Juuru_vallavalitsus, lk 28
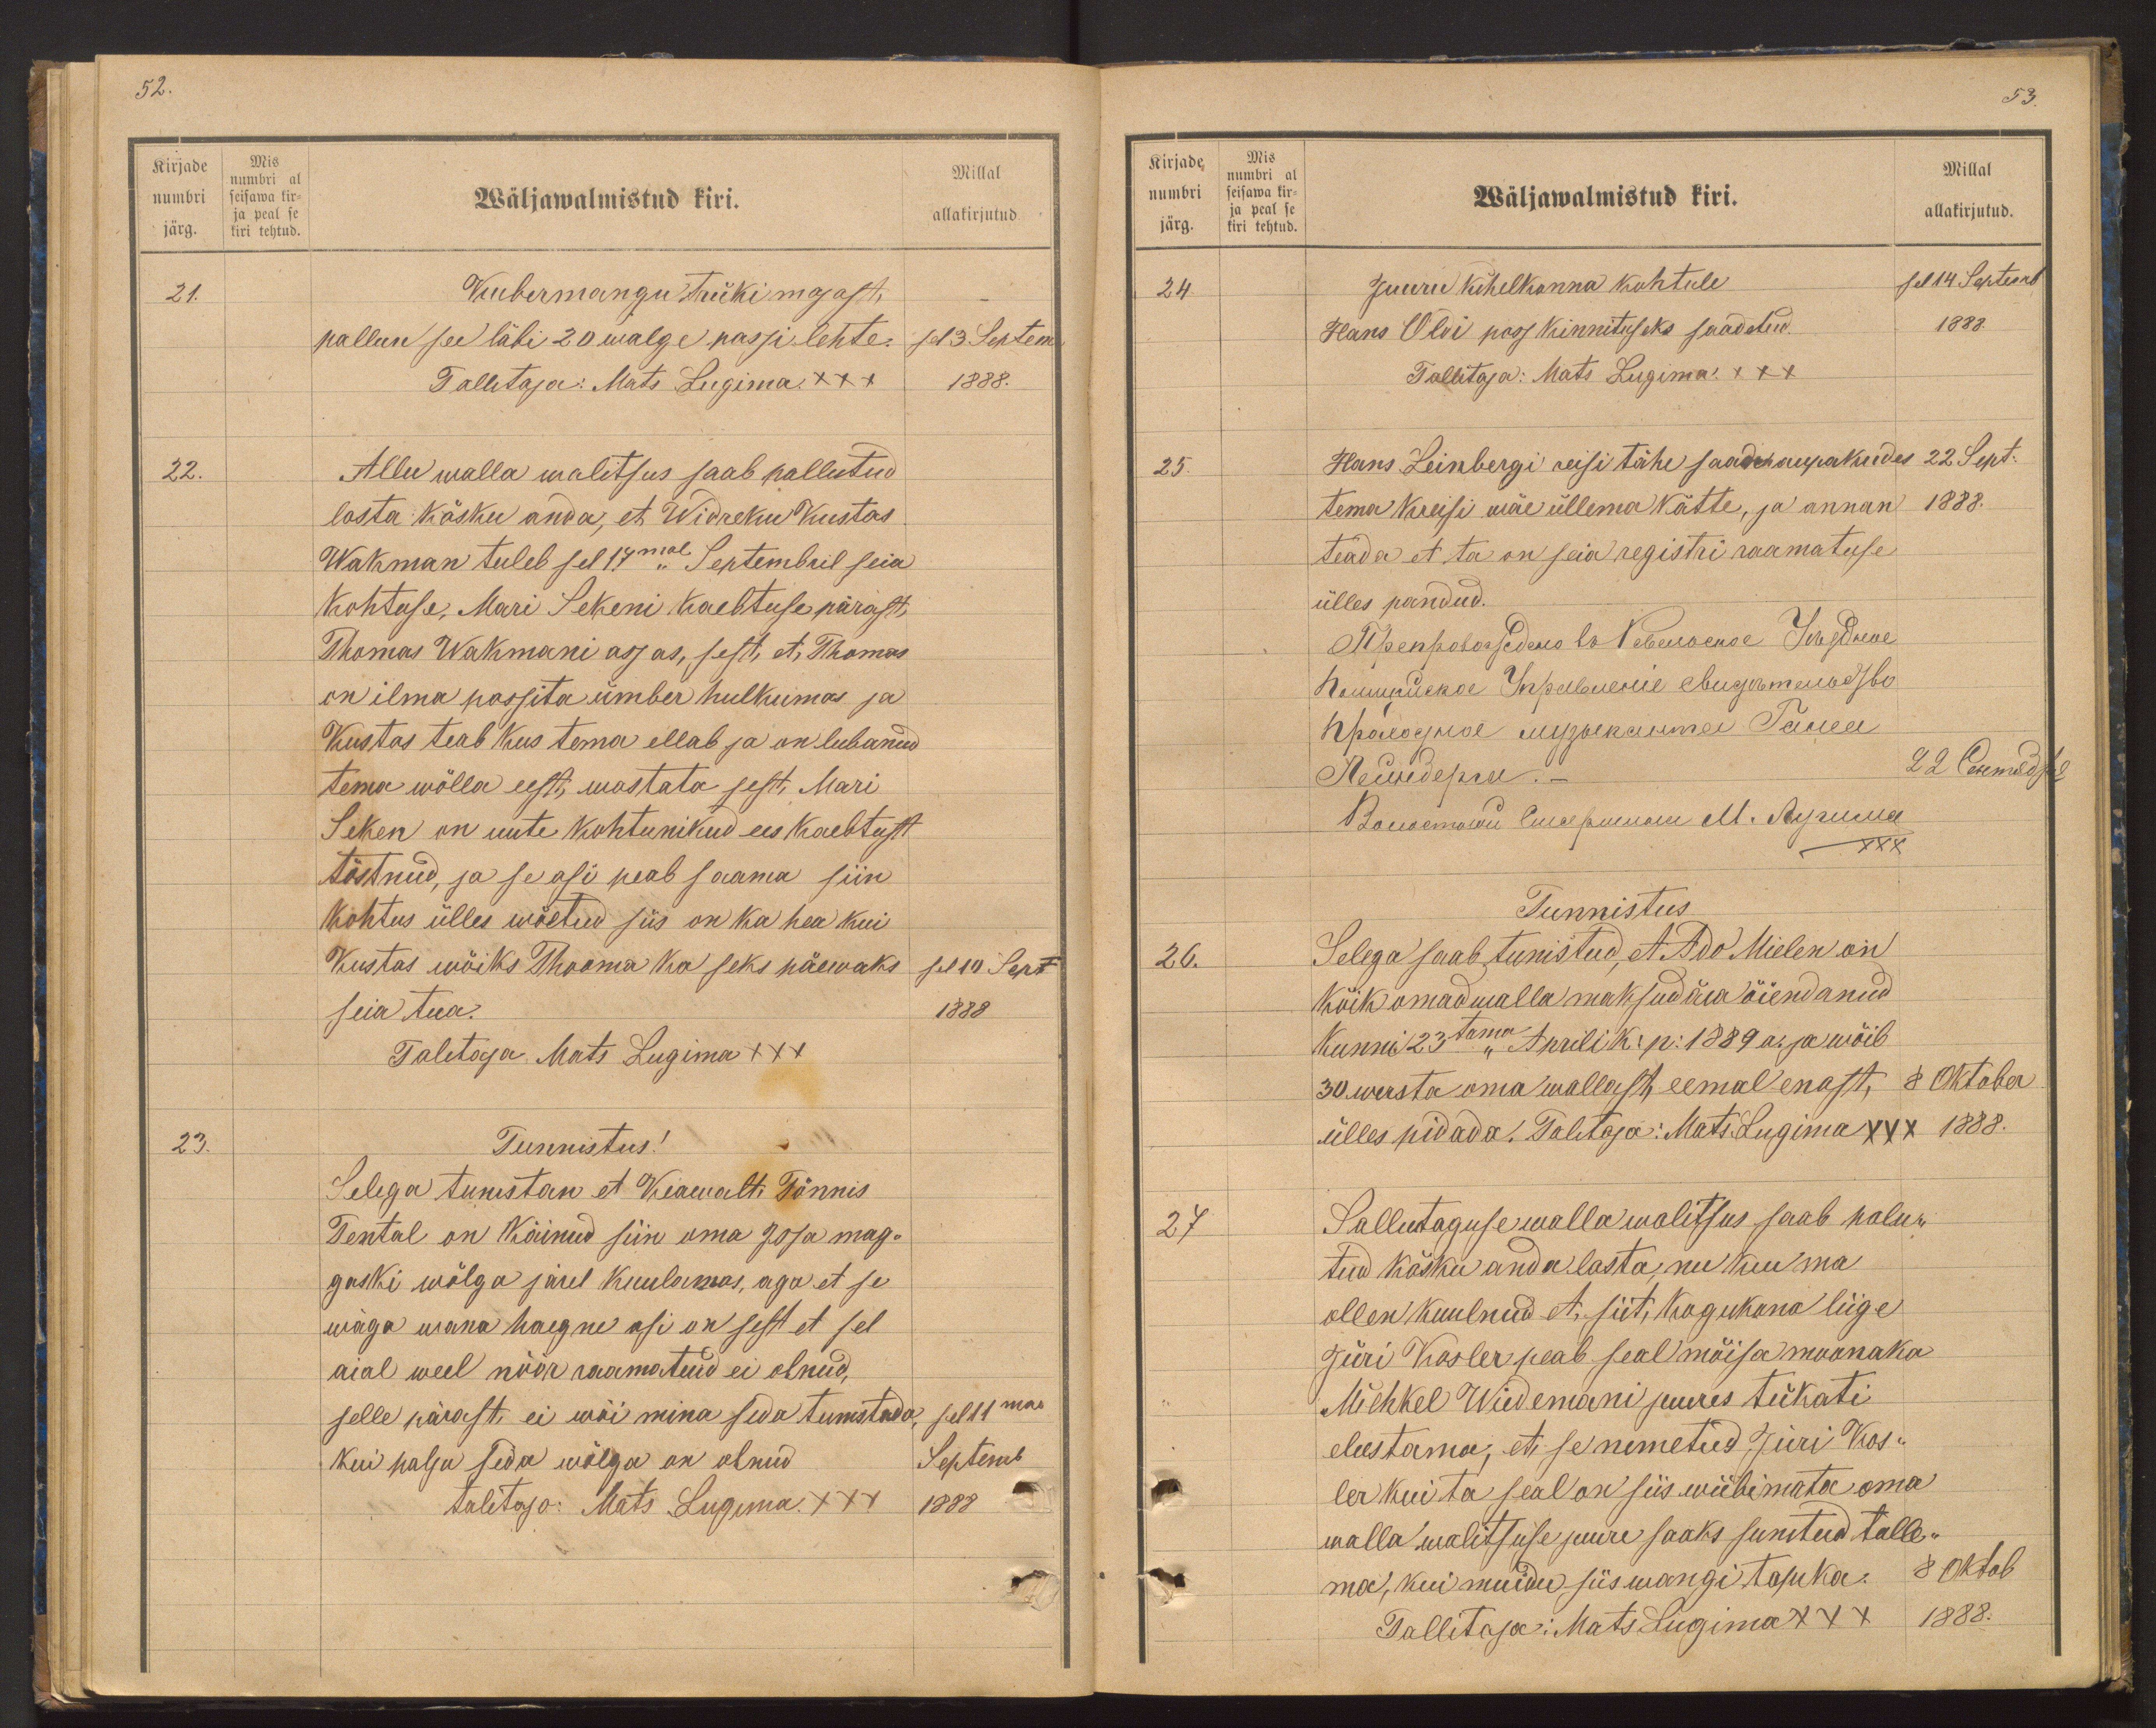
Kirjade
numbri
järg.
Mis
numbri al
seisawa kir-
ja peal se
kiri tehtud.

52.
Millal
Wäljawalmistud kiri.
allakirjutud
21.
Kubermangu trüki majast,
pallun see läbi 20 walge passi lehte.
13 Septem
Talitaja: Mats Lugima XXX
1888.
22.
Allu walla walitsus saab pallutud
lasta käsku anda, et Widreku Kustas
Wakman tuleb sel 17mal Septembril seia
kohtuse, Mari Sekeni kaebtuse pärast
Thomas Wakmani asjas, sest, et, Thomas
on ilma passita ümber hulkumas ja
Kustas teab kus tema ellab ja on lubanud
tema wõlla eest, wastata sest, Mari
Seken on uute kohtunikud ees kaebtust
tõstnud, ja se asi peab saama siin
kohtus ülles wõetud siis on ka hea kui
Kustas wõiks Thooma ka seks päewaks sel 10 Sept
seia tua.
1888
Talitaja Mats Lugima XXX
23.
Tunnistus!
Selega tunistan et Keawalt Tönnis
Tental on Käinud siin oma poja mag-
gaski wõlga järel kuulamas, aga et se
wäga wana haegne asi on sest et sel
aial weel nöör raamatuid ei olnud,
selle pärast ei wõi mina seda tunistada,
sel 11mal
kui palju seda wõlga on olnud
Septemb
talitaja: Mats Lugima XXX
1888

Kirjade
numbri
järg.
Mis
numbri al
seisawa kir-
ja peal se
kiri tehtud.

53.
Millal
Wäljawalmistud kiri.
allakirjutud.
24.
Juuru kihelkonna kohtule
sel 14 Septembr
Hans Oldi pass kinnituseks saadetud.
1888.
Tallitaja: Mats Lugima. XXX
25.
Hans Leinbergi reisi tähe saadekaupakudes 22 Sept.
tema kreisi wäe üllema kätte, ja annan 1888.
teada et ta on seia registri raamatuse
ülles pandud.
22 Otsenud p.
XXX
Tunnistus
26.
Selega saab tunistud, et Ado Mielen on
kõik omad walla maksud ära õiendanud
Kunni 23tama Aprili k. p. 1889 a. ja wõib
30 wasta oma wallast eemal enast, 8 Oktober
ülles pidada. Talitaja: Mats Lugima XXX 1888.
27
Sallutaguse walla walitsus saab palu-
tud käsku anda lasta, nii kui ma
ollen kuulnud et, siit, Kogukona liige
Jüri Kosler peab seal mõisa moonaka
Michkel Wiedemani juures tükati
elustama, et se nimetud Jüri Kos-
ler kui ta seal on siis wiibimata oma
walla walitsuse juure saaks sunitud talle-
ma, kui muidu siis wangi tasuka. 8 Oktob
Tallitaja: Mats Lugima XXX
1888.